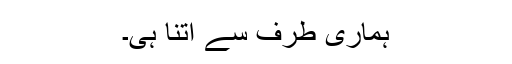
ہماری طرف سے اتنا ہی۔